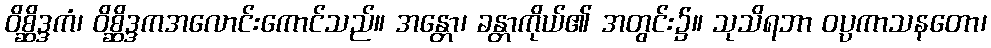
ဝိစ္ဆိဒ္ဒကံ၊ ဝိစ္ဆိဒ္ဒကအလောင်းကောင်သည်။ အန္တော၊ ခန္တာကိုယ်၏ အတွင်း၌။ သုသိရဘာ ဝပ္ပကာသနတော၊